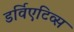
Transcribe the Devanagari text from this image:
डर्विएटिव्स